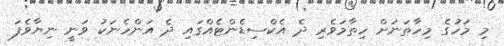
މި މަހުގެ މިހާތަނަށް ހިތާމަވެރި ދެ އެކްސިޑެންޓެއްގައި ދެ އަންހެނަކު ވަނީ ނިޔާވެފަ